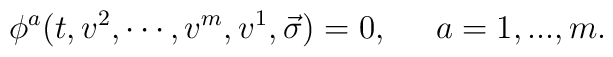
\phi ^a(t,v^2,\cdots ,v^m,v^1,\vec{\sigma})=0,\;\;\;\;\;a=1,...,m.